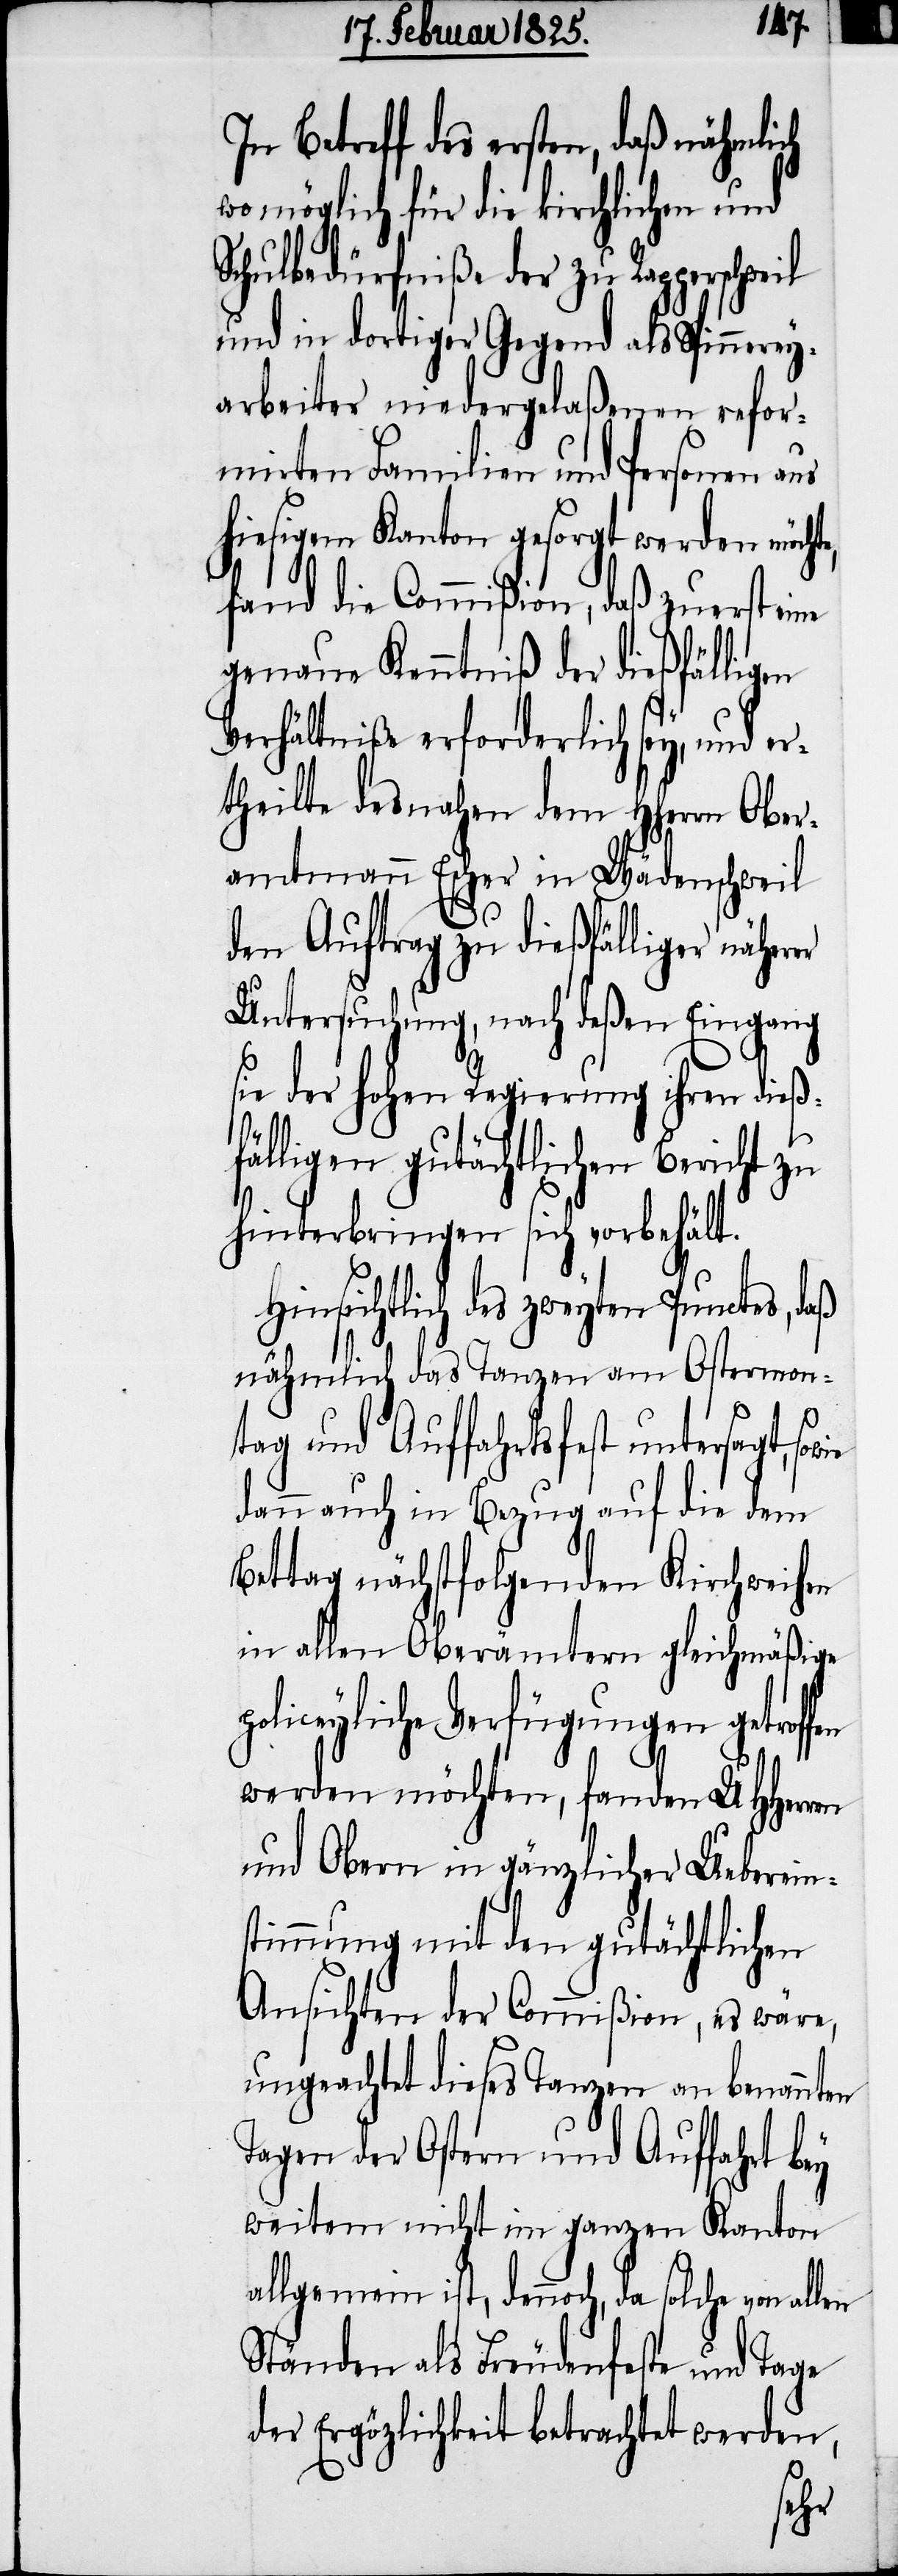
In Betreff des ersten, daß nähmlich
wo möglich für die kirchlichen und
Schuldbedürfniße der zu Rapper¬
und in dortiger Gegend als Spinnerey¬
arbeiter niedergelaßenen refor¬
mierten Familien und Personen aus
hiesigem Kanton gesorgt werden möcht¬
fand die Commißion, daß zuerst eine
genaue Kenntniß der dießfälligen
Verhältniße erforderlich sey, und er¬
theilte desnahen dem HHerrn Ober¬
amtmann Escher in Wädenschweil
den Auftrag zu dießfälliger näherer
Untersuchung, nach deßen Eingang
sie der hohen Regierung ihren dieß¬
fälligen gutächtlichen Bericht zu
hinterbringen sich vorbehält.
Hinsichtlich des zweyten Punctes, daß
nähmlich das Tanzen am Ostermon¬
tag und Auffahrtsfest untersagt, so¬
dann auch in Bezug auf die dem
Bettag nächstfolgenden Kirchweihen
in allen Oberämtern gleichmäßige
iceyliche Verfügungen getrof¬
werden möchten, fanden UHHerren
und Obern in gänzlicher Ueberein¬
stimmung mit den gutächtlichen
Ansichten der Commißion, es wäre,
ungeachtet dieses Tanzen an benannten
Tagen der Ostern und Auffahrt bey
weitem nicht im ganzen Kanton
allgemein ist, dennoch, da solche
Ständen als Freudenfeste und Tage
der Ergözlichkeit betrachtet werden,
fen